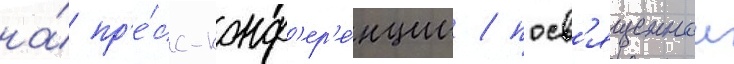
на́ пр'е́сс-конф'ер'е́нции / посв'ященнои